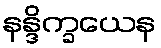
နန္ဒိက္ခယေန